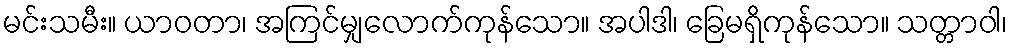
မင်းသမီး။ ယာဝတာ၊ အကြင်မျှလောက်ကုန်သော။ အပါဒါ၊ ခြေမရှိကုန်သော။ သတ္တာဝါ၊